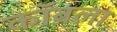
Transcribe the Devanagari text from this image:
कॉबला